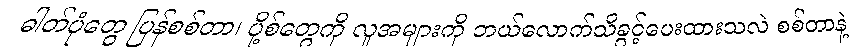
ဓါတ်ပုံတွေ ပြန်စစ်တာ၊ ပို့စ်တွေကို လူအများကို ဘယ်လောက်သိခွင့်ပေးထားသလဲ စစ်တာနဲ့